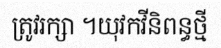
ត្រូវរក្សា ។យុវកវីនិពន្ធថ្មី